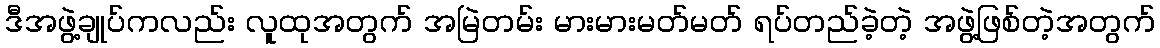
ဒီအဖွဲ့ချုပ်ကလည်း လူထုအတွက် အမြဲတမ်း မားမားမတ်မတ် ရပ်တည်ခဲ့တဲ့ အဖွဲ့ဖြစ်တဲ့အတွက်